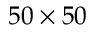
5 0 \times 5 0